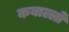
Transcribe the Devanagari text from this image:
कबाल्लो